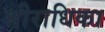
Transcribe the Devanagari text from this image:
श्रीराधिका